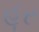
હૂર